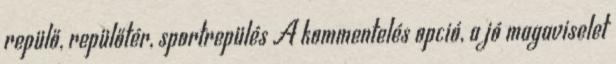
repülő, repülőtér, sportrepülés A kommentelés opció, a jó magaviselet